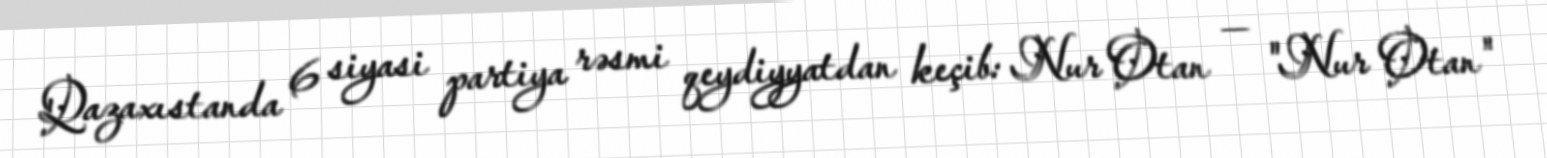
Qazaxıstanda 6 siyasi partiya rəsmi qeydiyyatdan keçib: Nur Otan — "Nur Otan"